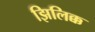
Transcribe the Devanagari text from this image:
झिलिक्क